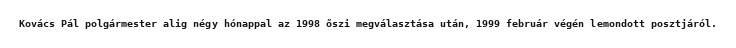
Kovács Pál polgármester alig négy hónappal az 1998 őszi megválasztása után, 1999 február végén lemondott posztjáról.